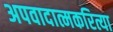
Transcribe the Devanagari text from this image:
अपवादात्मकरित्या